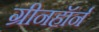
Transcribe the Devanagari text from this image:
ग्रीनहॉर्न